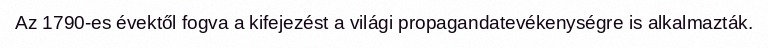
Az 1790-es évektől fogva a kifejezést a világi propagandatevékenységre is alkalmazták.